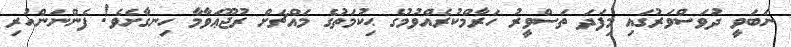
ނަބަވީ ދުވަސްވަރުގައި މިފަދަ ތަސްވީރު ހަރާމްކުރެއްވުމުގެ ޙިކުމަތުގެ މައްޗަށް ރުޖޫޢަވާމާ ހިނގާށެވެ! ފެންނަންހުރި